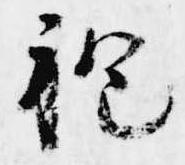
袍